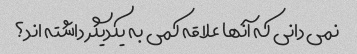
نمی دانی که آنها علاقه کمی به یکدیگر داشته اند؟